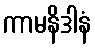
ကာမနိဒါနံ